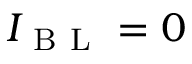
I _ { \mathrm { ~ B ~ L ~ } } = 0